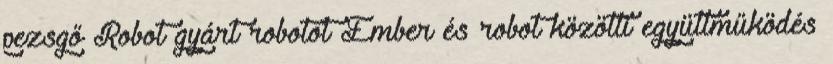
pezsgő Robot gyárt robotot Ember és robot közötti együttműködés